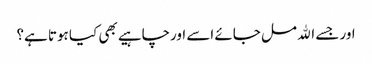
اور جسے الله مل جائے اسے اورچاہیے بھی کیا ہوتا ہے؟